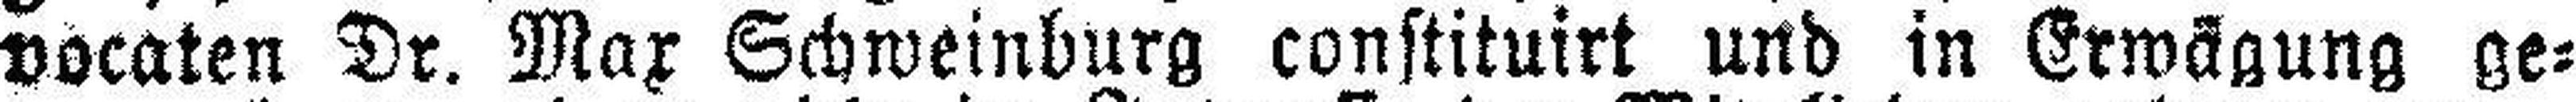
vocaten Dr. Max Schweinburg constituirt und in Erwägung ge¬